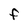
Character: F